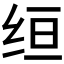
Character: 𫄠